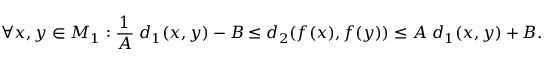
\forall x , y \in M _ { 1 } : { \frac { 1 } { A } } \; d _ { 1 } ( x , y ) - B \leq d _ { 2 } ( f ( x ) , f ( y ) ) \leq A \; d _ { 1 } ( x , y ) + B .